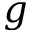
g